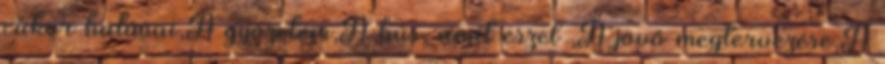
cukor hatásai,A győzelem,A hús, amit eszel ,A jövő megtervezése,A